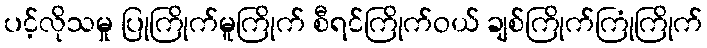
ပင့်လိုသမှု ပြုကြိုက်မူကြိုက် စီရင်ကြိုက်ဝယ် ချစ်ကြိုက်ကြုံကြိုက်